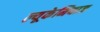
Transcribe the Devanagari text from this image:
ल्यूकेमियाज